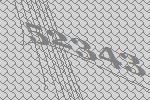
52343